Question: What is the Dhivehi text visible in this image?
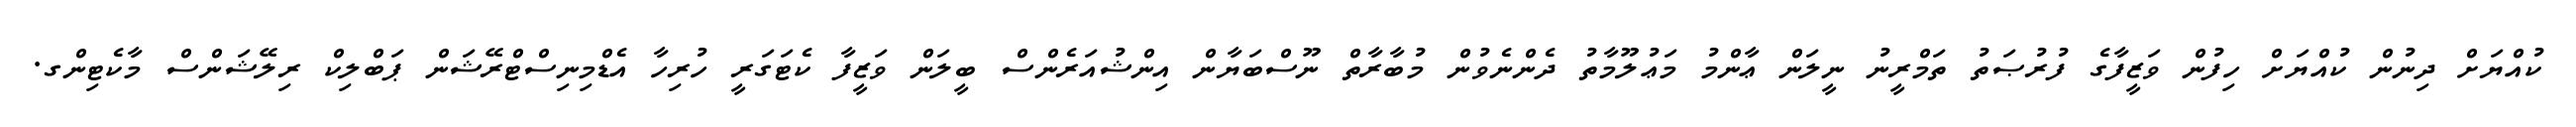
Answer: ކުއްޔަށް ދިނުން ކުއްޔަށް ހިފުން ވަޒީފާގެ ފުރުޞަތު ތަމްރީނު ނީލަން ޢާންމު މަޢުލޫމާތު ދެންނެވުން މުބާރާތް ނޫސްބަޔާން އިންޝުއަރެންސް ބީލަން ވަޒީފާ ކެޓަގަރީ ހުރިހާ އެޑްމިނިސްޓްރޭޝަން ޕަބްލިކް ރިލޭޝަންސް މާކެޓިންގ.